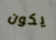
يكون